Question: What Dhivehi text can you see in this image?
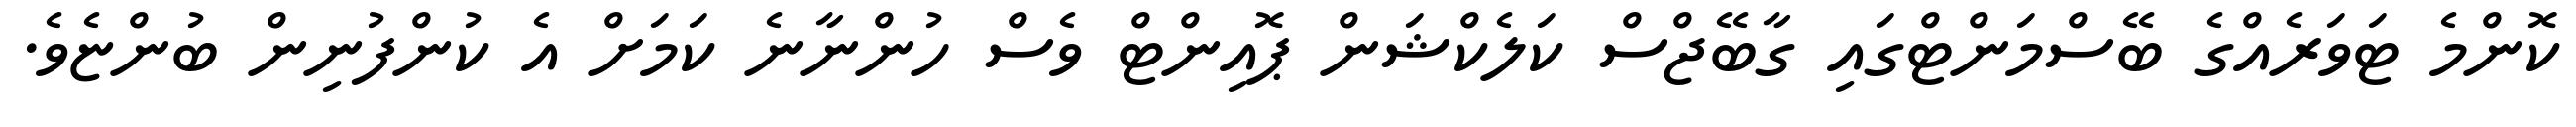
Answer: ކޮންމެ ޓަވަރެއްގެ ބޭސްމަންޓްގައި ގާބޭޖްސް ކަލެކްޝަން ޕޮއިންޓް ވެސް ހުންނާނެ ކަމަށް އެ ކުންފުނިން ބުންޏެވެ.